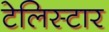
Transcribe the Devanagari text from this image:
टेलिस्टार